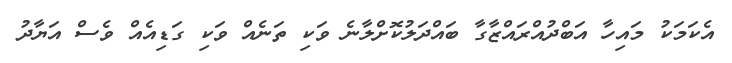
އެކަމަކު މައިހާ އަބްދުއްރައްޒާގާ ބައްދަލުކޮށްލާނެ ވަކި ތަނެއް ވަކި ގަޑިއެއް ވެސް އަޔާދު